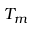
T _ { m }